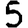
Digit: 5